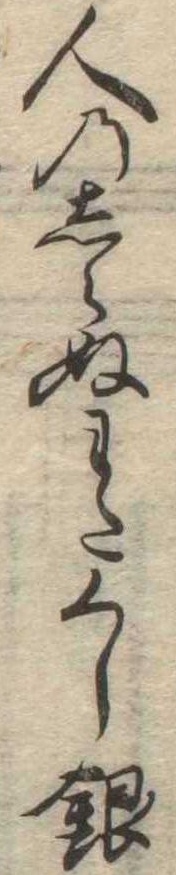
人のしらぬわたくし銀